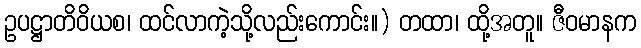
ဥပဋ္ဌာတိဝိယစ၊ ထင်လာကဲ့သို့လည်းကောင်း။) တထာ၊ ထို့အတူ။ ဇီဝမာနက